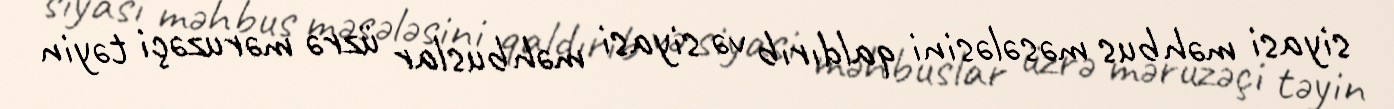
siyasi məhbus məsələsini qaldırıb və siyasi məhbuslar üzrə məruzəçi təyin